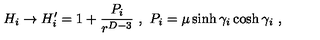
H _ { i } \to H _ { i } ^ { \prime } = 1 + { \frac { P _ { i } } { r ^ { D - 3 } } } \ , \ P _ { i } = \mu \sinh \gamma _ { i } \cosh \gamma _ { i } \ ,